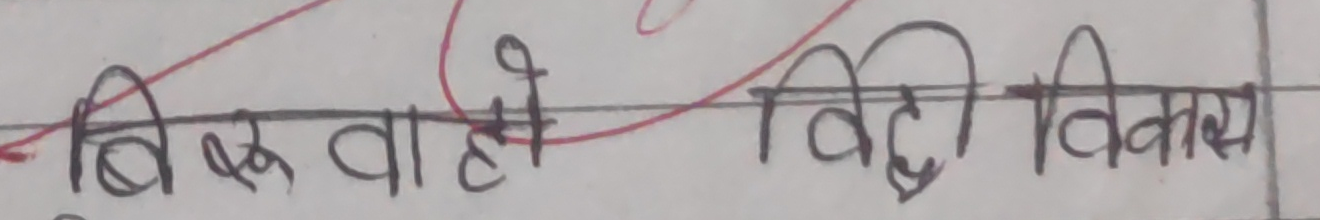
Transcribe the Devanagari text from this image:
बिरुवा हो विद्धि विकास